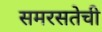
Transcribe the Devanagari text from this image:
समरसतेची